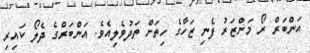
އަންބަރް ރޯ މަންޒަރު ފެނި ޒަހާގެ ހިތަށް ތަދުވެލިއެވެ. އަންބަރްގެ ދެލޯ ކައިރި